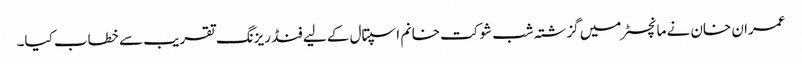
عمران خان نے مانچسٹر میں گزشتہ شب شوکت خانم اسپتال کے لیے فنڈ ریزنگ تقریب سے خطاب کیا۔